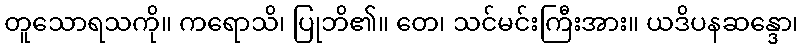
တူသောရသကို။ ကရောသိ၊ ပြုဘိ၏။ တေ၊ သင်မင်းကြီးအား။ ယဒိပနဆန္ဒော၊